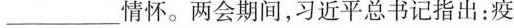
_________情怀。两会期间,习近乎总书记指出:疫